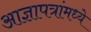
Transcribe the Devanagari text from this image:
आज्ञापत्रांमध्ये